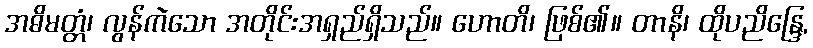
အဓိမတ္တံ၊ လွန်ကဲသော အတိုင်းအရှည်ရှိသည်။ ဟောတိ၊ ဖြစ်၏။ တာနိ၊ ထိုပညိန္ဒြေ,